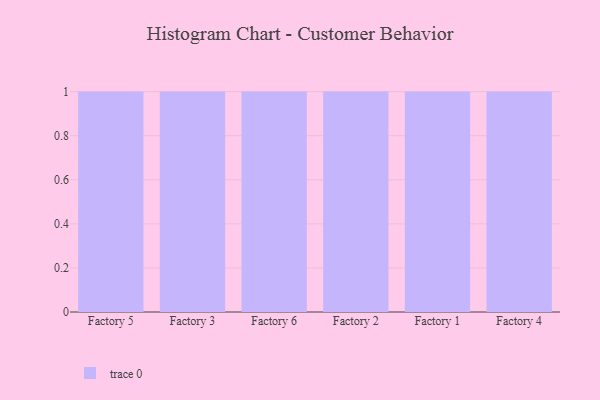
{"axis": {"x": "Factory", "y": "Conversion Rate (%)"}, "legend": [""], "data": [{"x": "Factory 5", "y": 50, "type": ""}, {"x": "Factory 3", "y": 4, "type": ""}, {"x": "Factory 6", "y": 51, "type": ""}, {"x": "Factory 2", "y": 100, "type": ""}, {"x": "Factory 1", "y": 49, "type": ""}, {"x": "Factory 4", "y": 9, "type": ""}]}